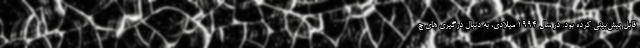
قابل پیش‌بینی کرده بود. در سال ۱۹۹۴ میلادی، به دنبال درگیری های چ